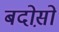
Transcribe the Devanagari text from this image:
बदोस़ों